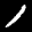
Label: 1